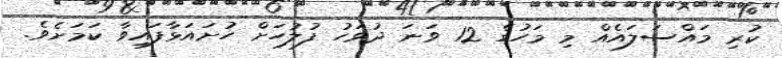
ކުރި މައްސަލައެއް މި މަހުގެ 12 ވަނަ ދުވަހު ފުލުހަށް ހުށައަޅާފައިވާ ކަމަށެވެ.